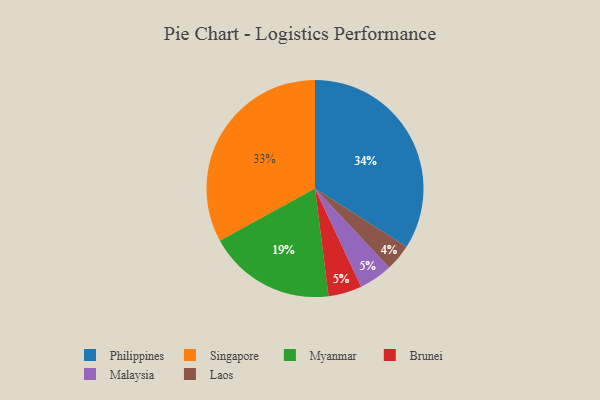
{"axis": {"x": "Category", "y": "Percentage"}, "legend": ["Brunei", "Laos", "Malaysia", "Myanmar", "Philippines", "Singapore"], "data": [{"x": "Brunei", "y": 5, "type": "Brunei"}, {"x": "Malaysia", "y": 5, "type": "Malaysia"}, {"x": "Philippines", "y": 34, "type": "Philippines"}, {"x": "Singapore", "y": 33, "type": "Singapore"}, {"x": "Myanmar", "y": 19, "type": "Myanmar"}, {"x": "Laos", "y": 4, "type": "Laos"}]}